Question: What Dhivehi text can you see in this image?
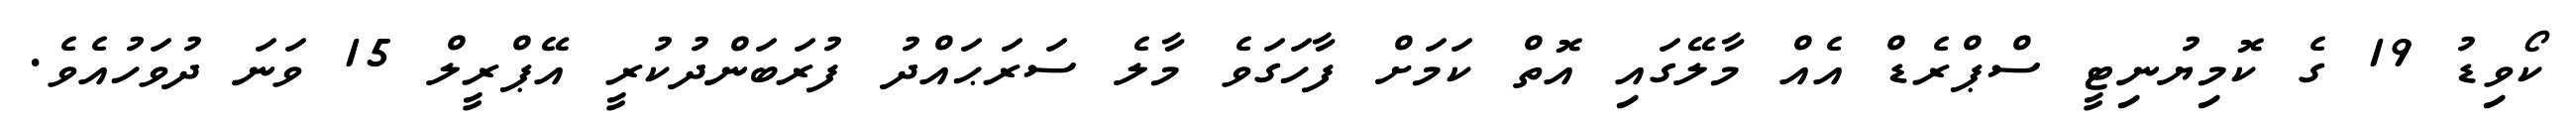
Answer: ކޯވިޑު 19 ގެ ކޮމިޔުނިޓީ ސްޕްރެޑް އެއް މާލޭގައި އޮތް ކަމަށް ފާހަގަވެ މާލެ ސަރަޙައްދު ފުރަބަންދުކުރީ އޭޕްރީލް 15 ވަނަ ދުވަހުއެވެ.